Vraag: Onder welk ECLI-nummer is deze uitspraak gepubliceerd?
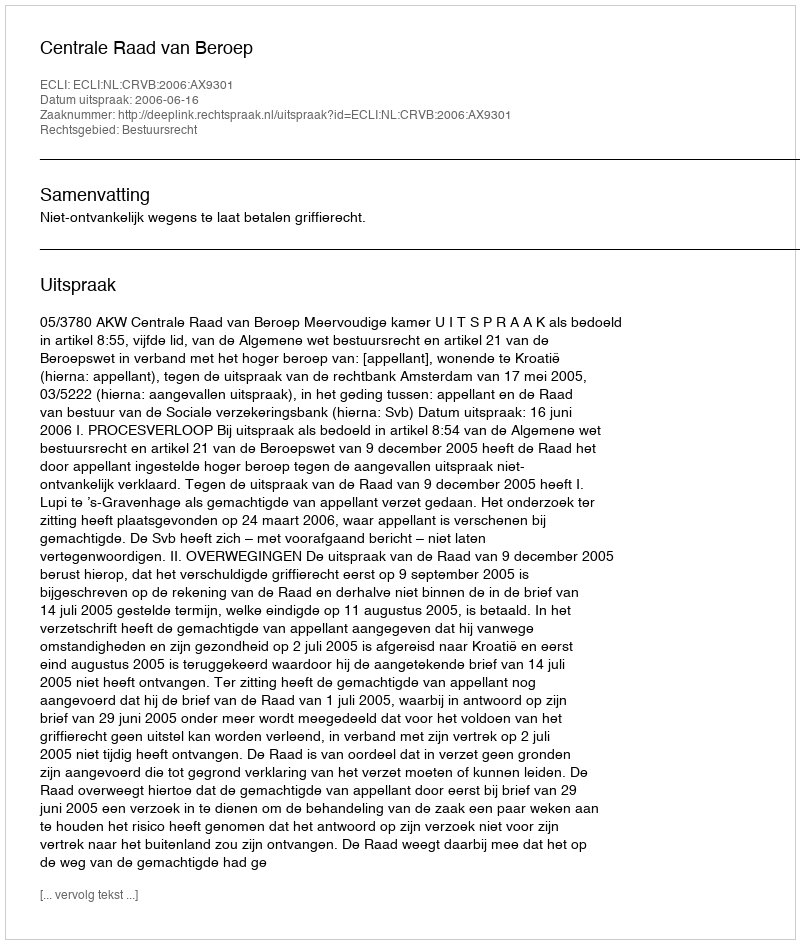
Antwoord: ECLI:NL:CRVB:2006:AX9301